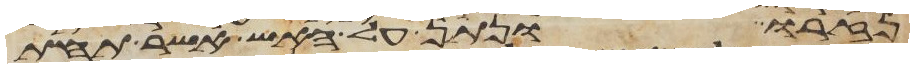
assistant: נזרו ונתן על האש אשר תחת